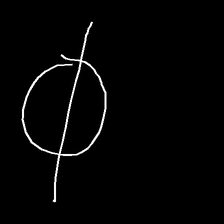
Glyph: orb